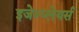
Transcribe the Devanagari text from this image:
इजेम्प्लेयर्स